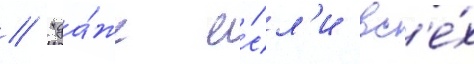
// "да́же е́сл'и вс'е́х